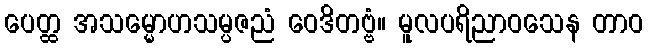
ပေတ္ထ အသမ္မောဟသမ္ပဇညံ ဝေဒိတဗ္ဗံ။ မူလပရိညာဝသေန တာဝ